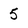
Character: 5